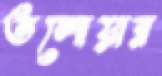
তলোয়ার